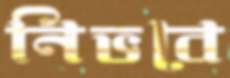
নিভবে